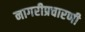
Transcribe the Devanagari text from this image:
नागरीप्रचारणी